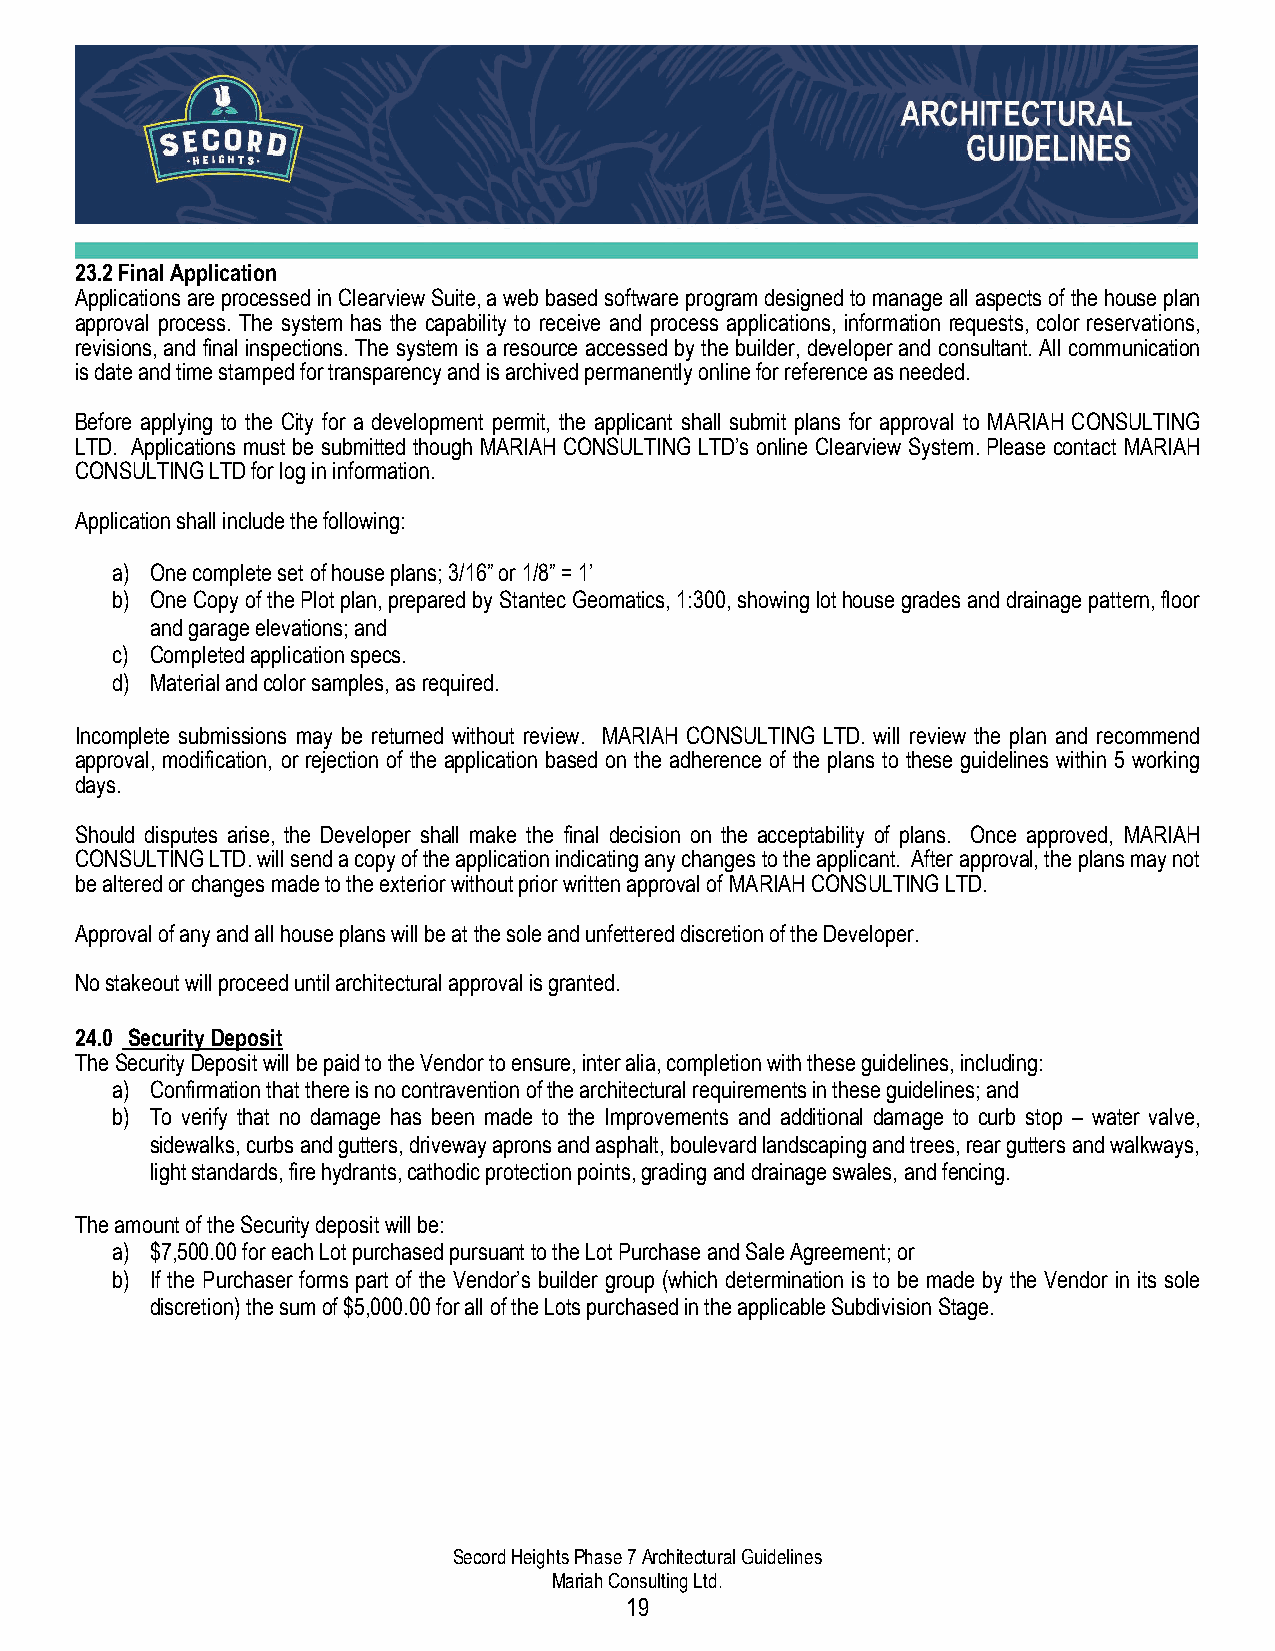
23.2 Final Application
 Applications are processed in Clearview Suite, a web based software program designed to manage all aspects of the house plan
 approval process. The system has the capability to receive and process applications, information requests, color reservations,
 revisions, and final inspections. The system is a resource accessed by the builder, developer and consultant. All communication
 is date and time stamped for transparency and is archived permanently online for reference as needed.
 Before applying to the City for a development permit, the applicant shall submit plans for approval to MARIAH CONSULTING
 LTD. Applications must be submitted though MARIAH CONSULTING LTD’s online Clearview System. Please contact MARIAH
 CONSULTING LTD for log in information.
 Application shall include the following:
 a) One complete set of house plans; 3/16” or 1/8” = 1’
 b) One Copy of the Plot plan, prepared by Stantec Geomatics, 1:300, showing lot house grades and drainage pattern, floor
 and garage elevations; and
 c) Completed application specs.
 d) Material and color samples, as required.
 Incomplete submissions may be returned without review. MARIAH CONSULTING LTD. will review the plan and recommend
 approval, modification, or rejection of the application based on the adherence of the plans to these guidelines within 5 working
 days.
 Should disputes arise, the Developer shall make the final decision on the acceptability of plans. Once approved, MARIAH
 CONSULTING LTD. will send a copy of the application indicating any changes to the applicant. After approval, the plans may not
 be altered or changes made to the exterior without prior written approval of MARIAH CONSULTING LTD.
 Approval of any and all house plans will be at the sole and unfettered discretion of the Developer.
 No stakeout will proceed until architectural approval is granted.
 24.0 Security Deposit
 The Security Deposit will be paid to the Vendor to ensure, inter alia, completion with these guidelines, including:
 a) Confirmation that there is no contravention of the architectural requirements in these guidelines; and
 b) To verify that no damage has been made to the Improvements and additional damage to curb stop – water valve,
 sidewalks, curbs and gutters, driveway aprons and asphalt, boulevard landscaping and trees, rear gutters and walkways,
 light standards, fire hydrants, cathodic protection points, grading and drainage swales, and fencing.
 The amount of the Security deposit will be:
 a) $7,500.00 for each Lot purchased pursuant to the Lot Purchase and Sale Agreement; or
 b) If the Purchaser forms part of the Vendor’s builder group (which determination is to be made by the Vendor in its sole
 discretion) the sum of $5,000.00 for all of the Lots purchased in the applicable Subdivision Stage.
 Secord Heights Phase 7 Architectural Guidelines
 Mariah Consulting Ltd.
 19